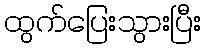
ထွက်ပြေးသွားပြီး